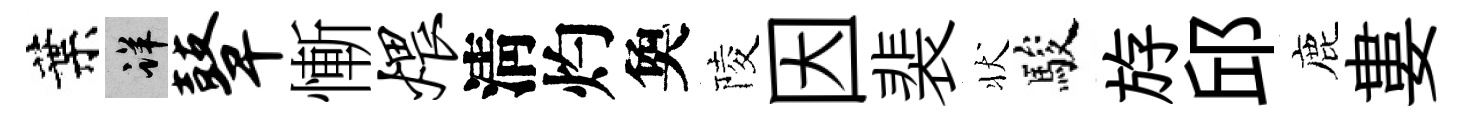
葉详鼙慚煨淸灼奐陵因裴状駿斿邱鹿婁